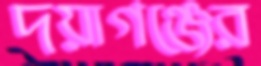
দয়াগঞ্জের